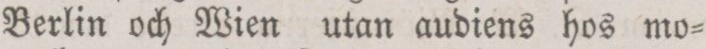
Berlin och Wien utan audiens hos mo=